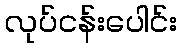
လုပ်ငန်းပေါင်း